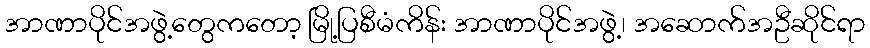
အာဏာပိုင်အဖွဲ့တွေကတော့ မြို့ပြစီမံကိန်း အာဏာပိုင်အဖွဲ့၊ အဆောက်အဦဆိုင်ရာ